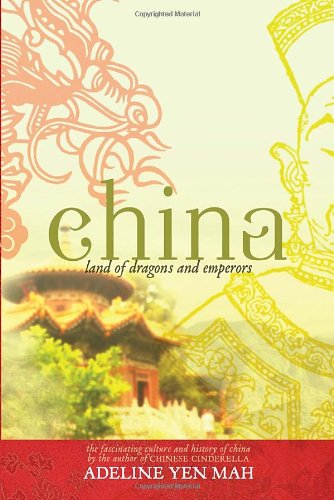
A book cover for China: Land of Dragons and Emperors; Adeline Yen Mah; Children's Books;